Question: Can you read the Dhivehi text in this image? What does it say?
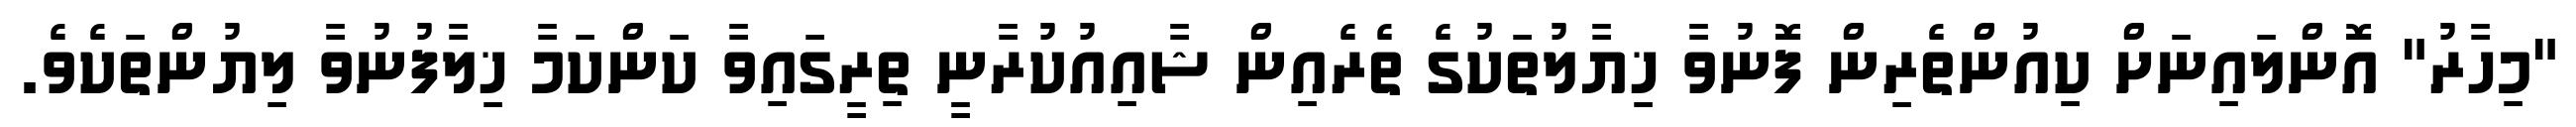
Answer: "މިހާރު" އޮންލައިނަށް ކިއުންތެރިން ފޮނުވާ ޚިޔާލުތަކުގެ ތެރެއިން ޝާއިއުކުރާނީ ތިރީގައިވާ ކަންކަމާ ޚިލާފުނުވާ ލިޔުންތަކެވެ.